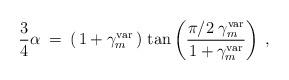
LaTeX: \begin{align*}\frac{3}{4} \alpha \>=\> \left ( \, 1 + \gamma_m^{\rm var} \, \right ) \, \tan \left ( \frac{\pi/2 \; \gamma_m^{\rm var}}{1 + \gamma_m^{\rm var}} \right ) \> ,\end{align*}